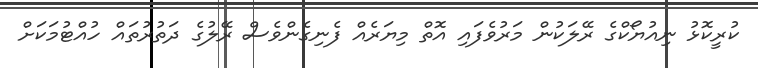
ކުރީކޮޅު ނިއުޔޯކްގެ ރޭލަކުން މަރުވެފައި އޮތް މިޔަރެއް ފެނިގެންވެސް ރޭލުގެ ދަތުރުތައް ހުއްޓުމަކަށް